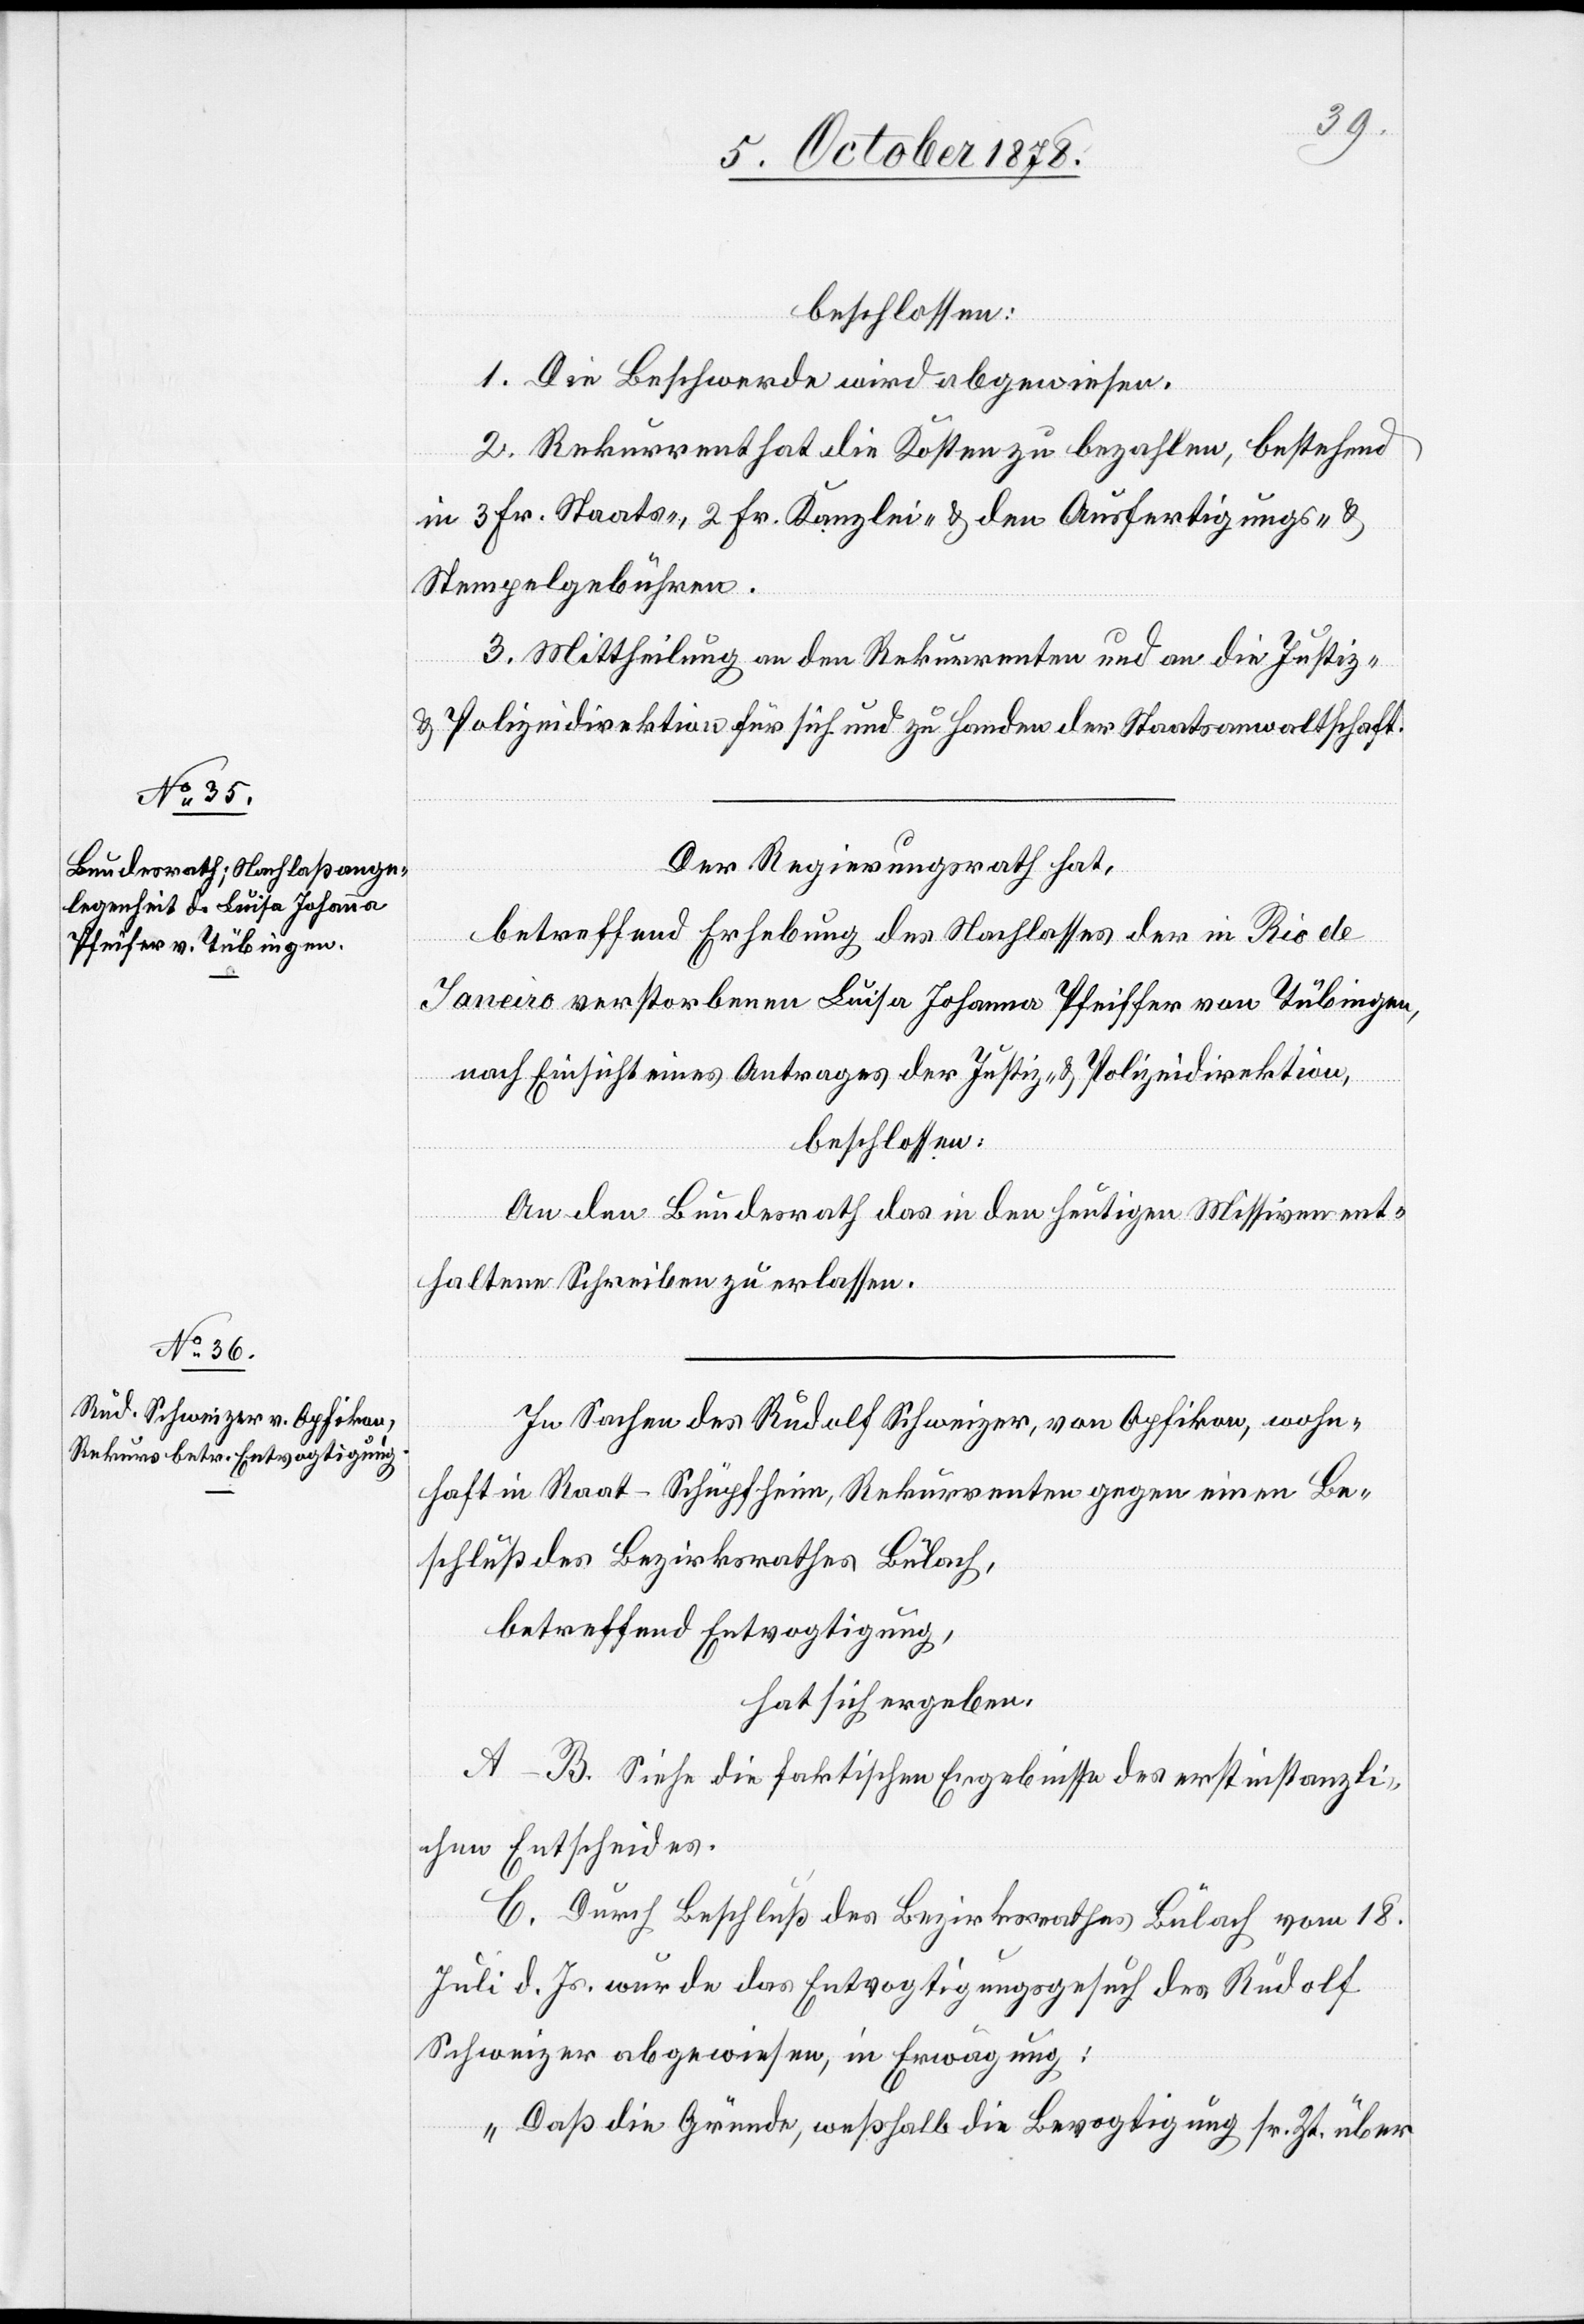
Der Regierungsrath hat,
betreffend Erhebung des Nachlasses der in Rio de
Janeiro verstorbenen Luisa Johanna Pfeiffer von Tübingen,
nach Einsicht eines Antrages der Justiz- & Polizeidirektion,
beschlossen:
An den Bundesrath das in den heutigen Missiven ent¬
haltene Schreiben zu erlassen.
In Sachen des Rudolf Schweizer, von Opfikon, wohn¬
haft in Raat - Schüpfheim, Rekurrenten gegen einen Be¬
schluß des Bezirksrathes Bülach,
betreffend Entvogtigung,
hat sich ergeben:
A–B. Siehe die faktischen Ergebnisse des erstinstanzli¬
chen Entscheides.
C. Durch Beschluß des Bezirksrathes Bülach vom 18.
Juli d. Js. wurde das Entvogtigungsgesuch des Rudolf
Schweizer abgewiesen, in Erwägung:
„Daß die Gründe, weßhalb die Bevogtigung sr. Zt. über